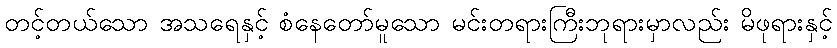
တင့်တယ်သော အသရေနှင့် စံနေတော်မူသော မင်းတရားကြီးဘုရားမှာလည်း မိဖုရားနှင့်